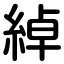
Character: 綽